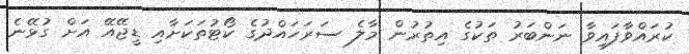
ކުރައްވާފައިވާ ނަންބަރު ތަކުގެ އިތުރުން މާލެ ސަރަހައްދުގެ ކޯޓުތަކަށާއި ޑީޖޭއޭ އަށް ގުޅޭނެ